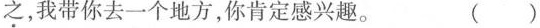
之，我带你去一个地方，你肯定感兴趣。 ( )